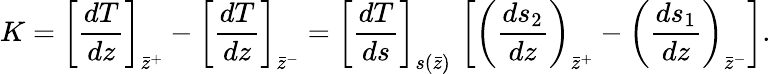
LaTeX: K=\left[{\frac{dT}{dz}}\right]_{\bar{z}^{+}}-\left[{\frac{dT}{dz}}\right]_{\bar{z}^{-}}=\left[{\frac{dT}{ds}}\right]_{s(\bar{z})}\, \left[\left({\frac{ds_{2}}{dz}}\right)_{\bar{z}^{+}}-\left({\frac{ds_{1}}{dz}}\right)_{\bar{z}^{-}}\right].